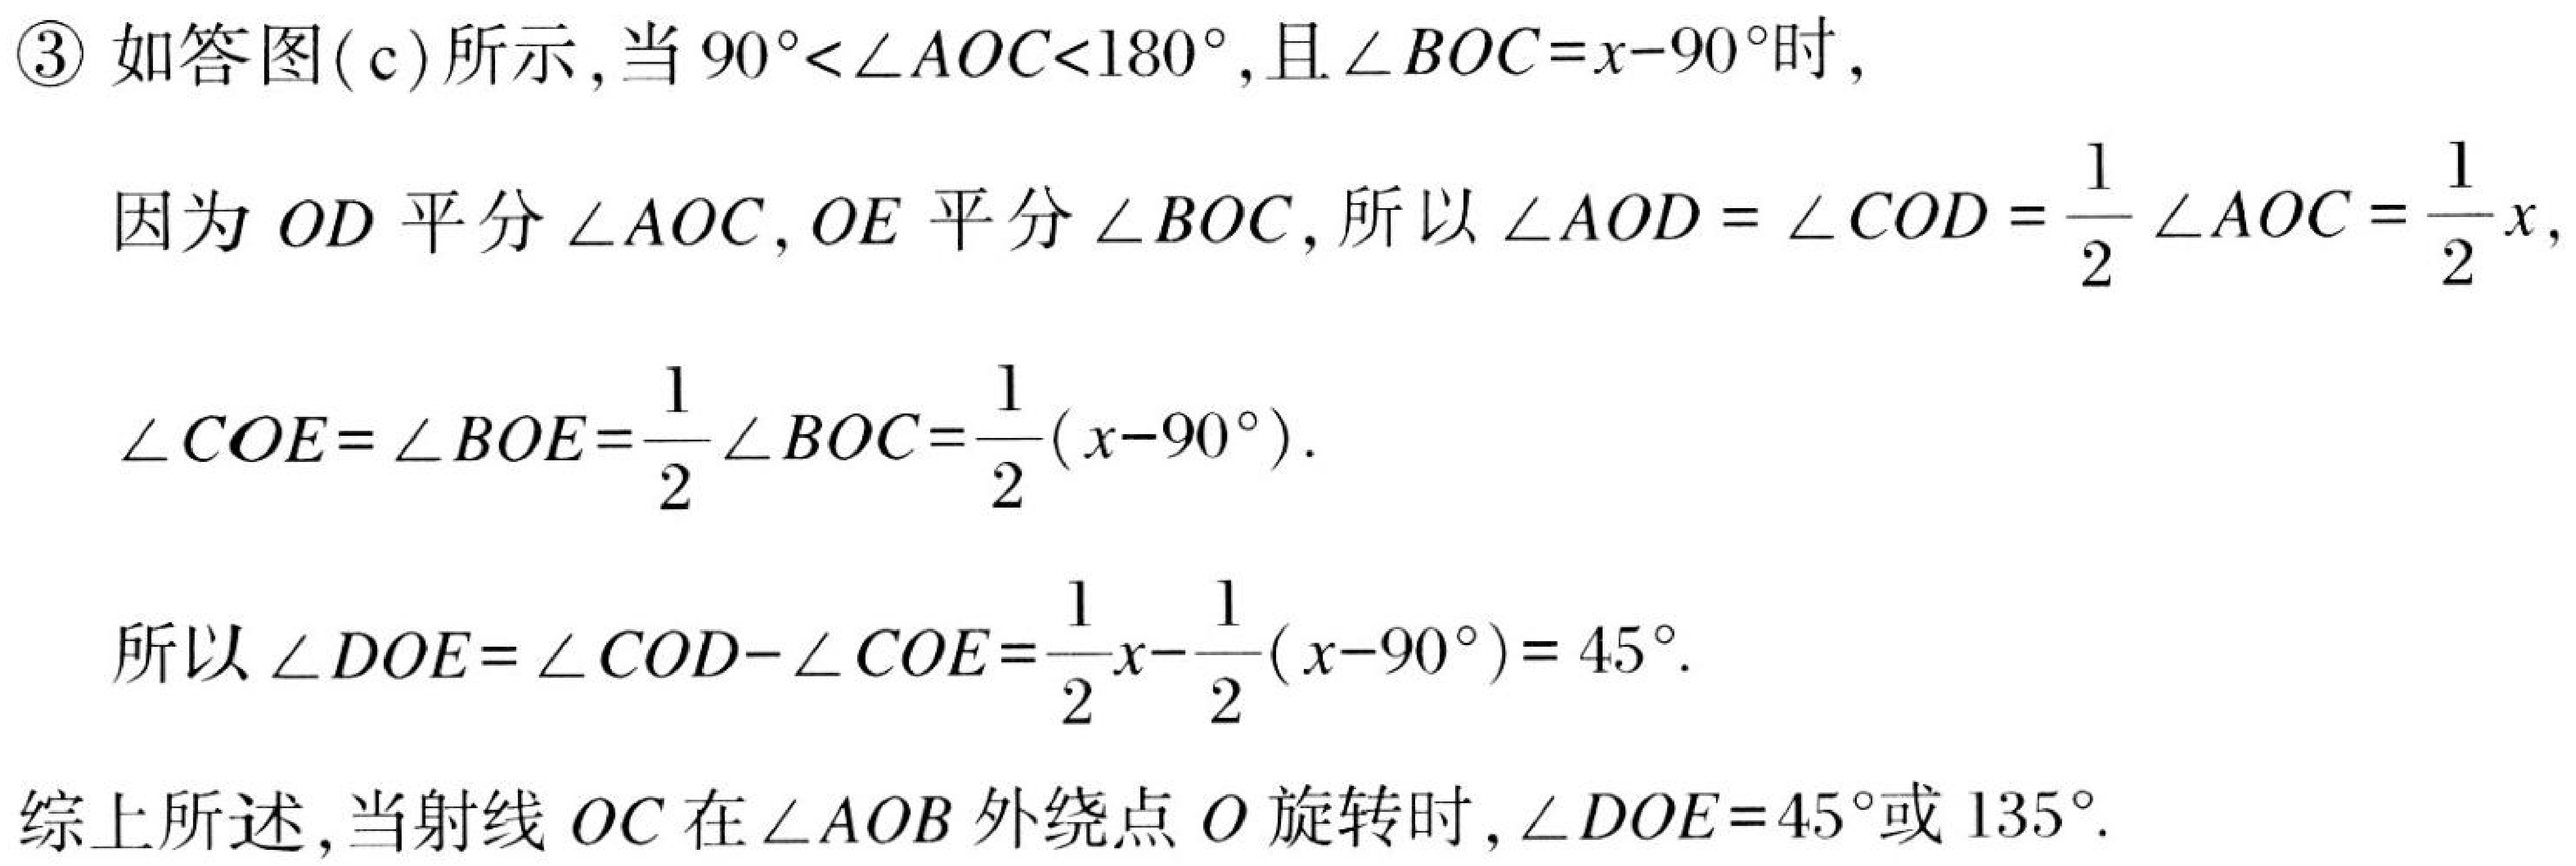
\begin{enumerate}
\item[\textcircled{3}] 如答图(c)所示，当\(90^{\circ}<\angle AOC<180^{\circ}\)，且\(\angle BOC = x - 90^{\circ}\)时，
因为 \(OD\) 平分 \(\angle AOC\)，\(OE\) 平分 \(\angle BOC\)，所以 \(\angle AOD=\angle COD=\frac{1}{2}\angle AOC=\frac{1}{2}x\)，
\(\angle COE=\angle BOE=\frac{1}{2}\angle BOC=\frac{1}{2}(x - 90^{\circ})\)。

所以 \(\angle DOE=\angle COD-\angle COE=\frac{1}{2}x-\frac{1}{2}(x - 90^{\circ}) = 45^{\circ}\)。
\end{enumerate}

综上所述，当射线 \(OC\) 在 \(\angle AOB\) 外绕点 \(O\) 旋转时，\(\angle DOE = 45^{\circ}\)或 \(135^{\circ}\)。